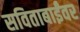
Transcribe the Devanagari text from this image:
सविताबाईंवर